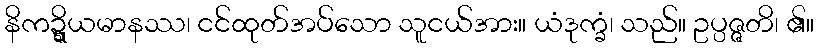
နိကဍ္ဍ္ဎိယမာနဿ၊ ငင်ထုတ်အပ်သော သူငယ်အား။ ယံဒုက္ခံ၊ သည်။ ဥပ္ပဇ္ဇတိ၊ ၏။